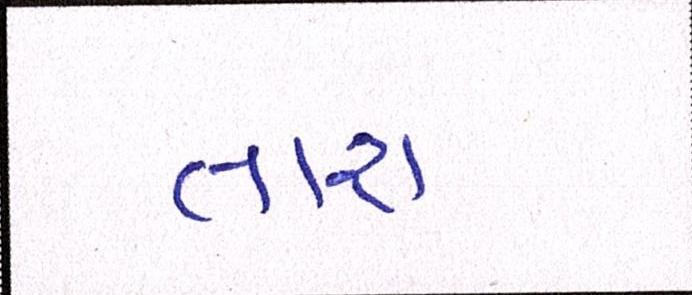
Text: તારા